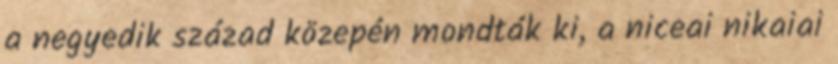
a negyedik század közepén mondták ki, a niceai nikaiai